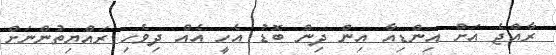
ރާއްޖެ އަށް އިންޑިއާ އިން ދިން ބޮޑު އެހީ އެއް ދިވެހި ރައްޔިތުންނަށް